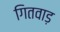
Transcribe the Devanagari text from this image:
गितवाड़